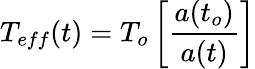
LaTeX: T_{eff}(t)=T_{o}\left[\frac{a(t_{o})}{a(t)}\right]